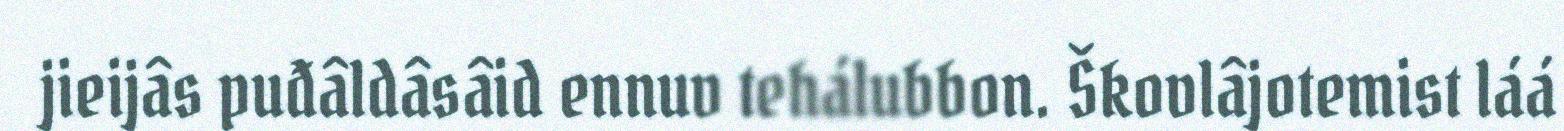
jieijâs puđâldâsâid ennuv tehálubbon. Škovlâjotemist láá